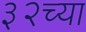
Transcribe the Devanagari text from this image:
३२च्या